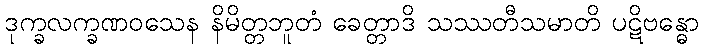
ဒုက္ခလက္ခဏဝသေန နိမိတ္တဘူတံ ခေတ္တာဒိ သဿတီသမာတိ ပဋိဗန္ဓော